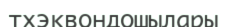
тхэквондошылары